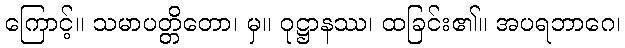
ကြောင့်။ သမာပတ္တိတော၊ မှ။ ဝုဋ္ဌာနဿ၊ ထခြင်း၏။ အပရဘာဂေ၊